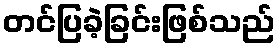
တင်ပြခဲ့ခြင်းဖြစ်သည်